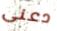
دعنى